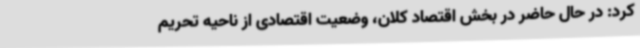
کرد: در حال حاضر در بخش اقتصاد کلان، وضعیت اقتصادی از ناحیه تحریم